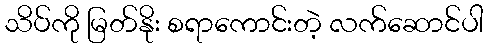
သိပ်ကို မြတ်နိုး စရာကောင်းတဲ့ လက်ဆောင်ပါ